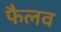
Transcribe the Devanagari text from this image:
फैलव